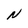
Character: N